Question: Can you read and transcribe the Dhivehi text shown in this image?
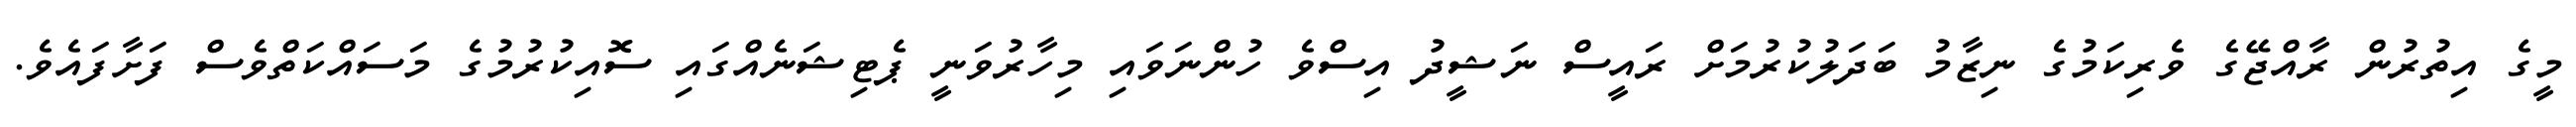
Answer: މީގެ އިތުރުން ރާއްޖޭގެ ވެރިކަމުގެ ނިޒާމު ބަދަލުކުރުމަށް ރައީސް ނަޝީދު އިސްވެ ހުންނަވައި މިހާރުވަނީ ޕެޓިޝަނެއްގައި ސޮއިކުރުމުގެ މަސައްކަތްވެސް ފަށާފައެވެ.